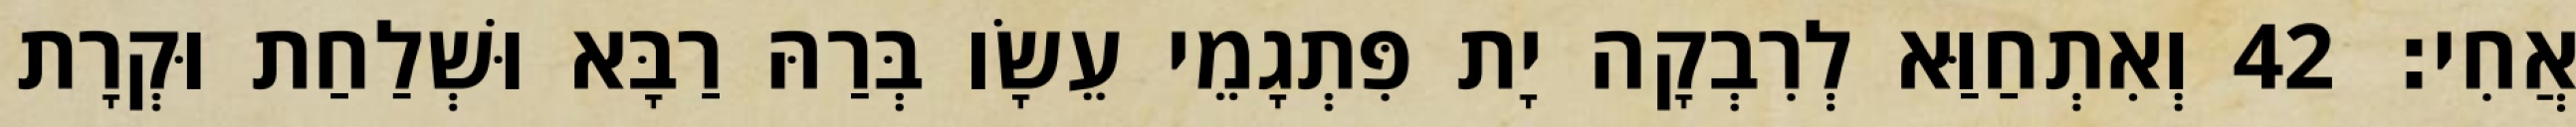
אֲחִי׃ 42 וְאִתְחַוַּא לְרִבְקָה יָת פִּתְגָמֵי עֵשָׂו בְּרַהּ רַבָּא וּשְׁלַחַת וּקְרָת